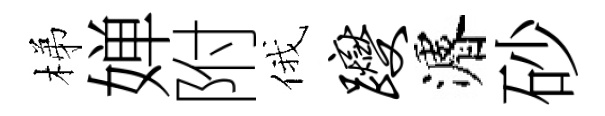
梯婵附俄躞濬砂